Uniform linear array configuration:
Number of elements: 12
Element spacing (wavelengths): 0.5
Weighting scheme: binomial
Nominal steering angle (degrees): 45
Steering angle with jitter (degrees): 45.128
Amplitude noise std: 0.05
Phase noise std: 0.05

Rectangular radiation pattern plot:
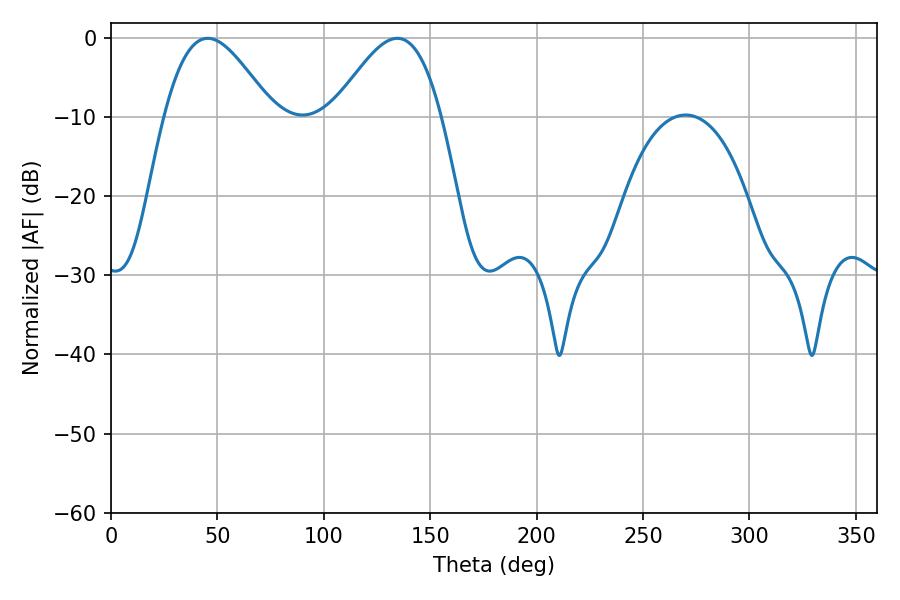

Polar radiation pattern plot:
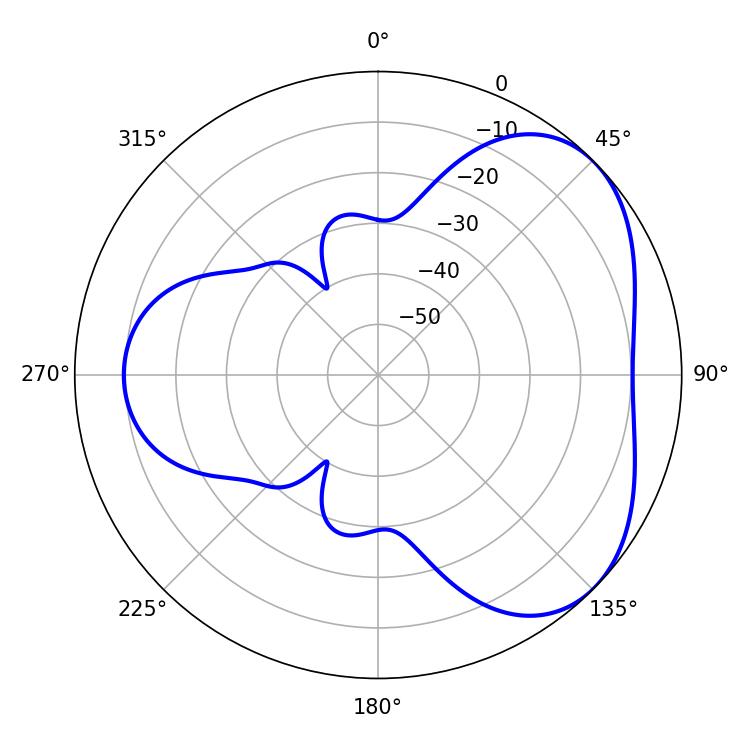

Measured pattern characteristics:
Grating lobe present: FALSE
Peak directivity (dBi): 4.286
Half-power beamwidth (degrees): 27.36
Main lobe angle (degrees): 45.54